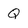
Character: Q